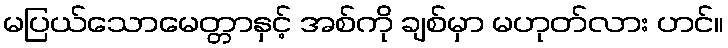
မပြယ်သောမေတ္တာနှင့် အစ်ကို ချစ်မှာ မဟုတ်လား ဟင်။